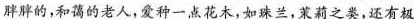
胖胖的，和蔼的老人，爱种一点花木，如珠兰，茉莉之类，还有极